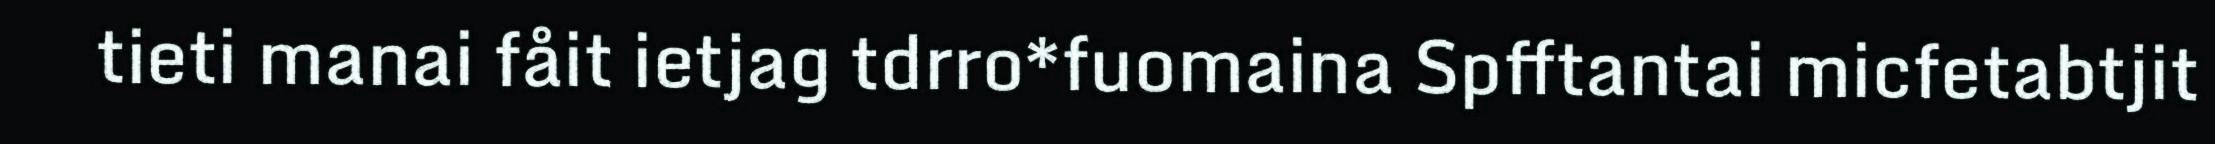
tieti manai fåit ietjag tdrro*fuomaina Spfftantai micfetabtjit